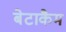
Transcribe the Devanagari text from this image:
बेटाकैम